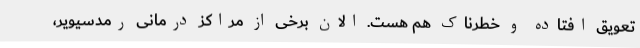
تعویق افتاده و خطرناک هم هست. الان برخی از مراکز درمانی رمدسیویر،